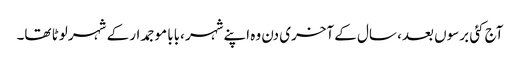
آج کئی برسوں بعد، سال کے آخری دن وہ اپنےشہر ،بابا موجمدار کے شہر لوٹا تھا۔